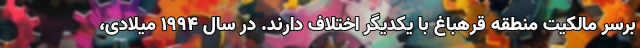
برسر مالکیت منطقه قرهباغ با یکدیگر اختلاف دارند. در سال ۱۹۹۴ میلادی،